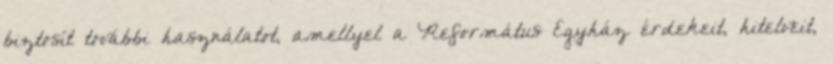
biztosít további használatot, amellyel a Református Egyház érdekeit, hitelveit,